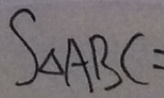
S _ { \Delta } A B C =